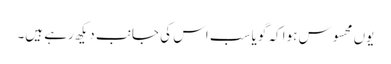
یوں محسوس ہوا کہ گویا سب اس کی جانب دیکھ رہے ہیں۔